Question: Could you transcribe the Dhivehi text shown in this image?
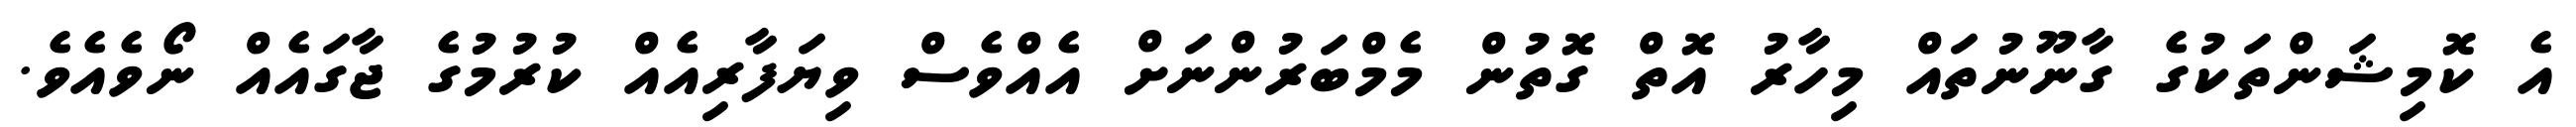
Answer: އެ ކޮމިޝަންތަކުގެ ގާނޫނުތައް މިހާރު އޮތް ގޮތުން މެމްބަރުންނަށް އެއްވެސް ވިޔަފާރިއެއް ކުރުމުގެ ޖާގައެއް ނޯވެއެވެ.